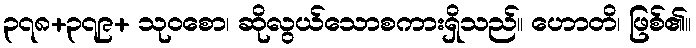
၃၇၈+၃၇၉+ သုဝစော၊ ဆိုလွယ်သောစကားရှိသည်။ ဟောတိ၊ ဖြစ်၏။